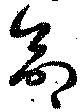
命